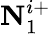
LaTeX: \textbf{N}_{1}^{i+}